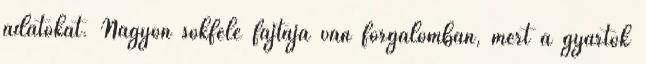
adatokat. Nagyon sokféle fajtája van forgalomban, mert a gyártók